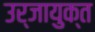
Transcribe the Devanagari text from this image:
उर्जायुक्त